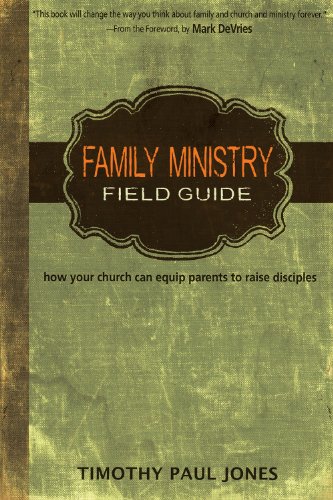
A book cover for Family Ministry Field Guide: How Your Church Can Equip Parents to Make Disciples; Timothy Paul Jones; Christian Books & Bibles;